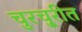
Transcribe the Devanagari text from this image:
चुरचु्रीत